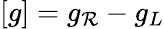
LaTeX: \left[g\right]=g_{\mathcal{R}}-g_{L}